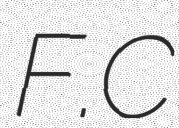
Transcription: F.C